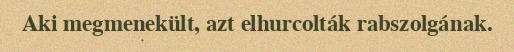
Aki megmenekült, azt elhurcolták rabszolgának.